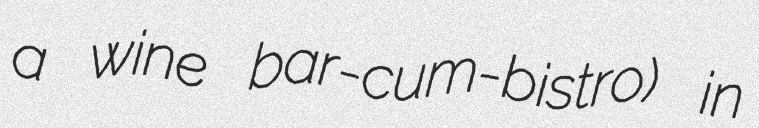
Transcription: a wine bar-cum-bistro) in